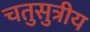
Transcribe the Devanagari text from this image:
चतुसुत्रीय